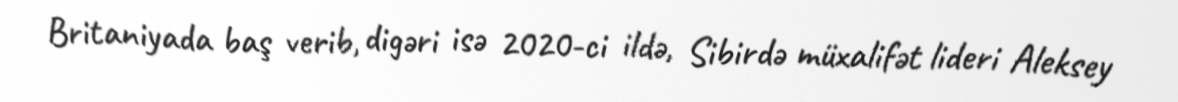
Britaniyada baş verib, digəri isə 2020-ci ildə, Sibirdə müxalifət lideri Aleksey